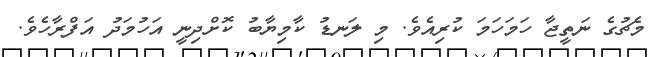
މެޗުގެ ނަތީޖާ ހަމަހަމަ ކުރިއެވެ. މި ލަނޑު ކާމިޔާބު ކޮށްދިނީ އަހުމަދު އަފްރާހެވެ.